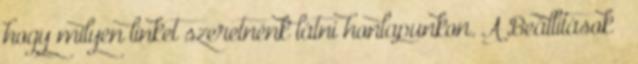
hogy milyen linket szeretnénk látni honlapunkon. A Beállítások